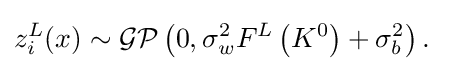
{\begin{aligned}z_{i}^{L}(x)&\sim {\mathcal {GP}}\left(0,\sigma _{w}^{2}F^{L}\left(K^{0}\right)+\sigma _{b}^{2}\right).\end{aligned}}